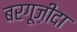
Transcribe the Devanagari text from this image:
बरगूज़ीदा